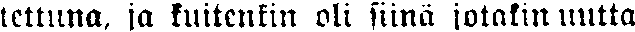
tettuna, ja kuitenkin oli siinä jotakin uutta